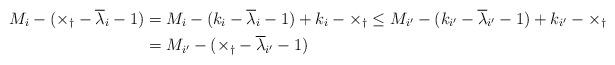
LaTeX: \begin{align*} M_i - (\times_\dagger -\overline{\lambda}_i-1) &= M_i - (k_i-\overline{\lambda}_i-1) + k_i - \times_\dagger \le M_{i'} - (k_{i'}-\overline{\lambda}_{i'}-1) + k_{i'} - \times_\dagger \\&= M_{i'} - (\times_\dagger -\overline{\lambda}_{i'}-1) \end{align*}